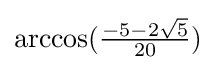
{\textstyle \arccos({\frac {-5-2{\sqrt {5}}}{20}})}